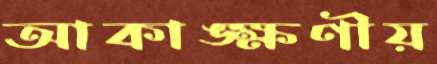
আকাঙ্ক্ষণীয়